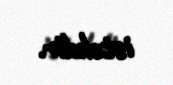
istəkdir.